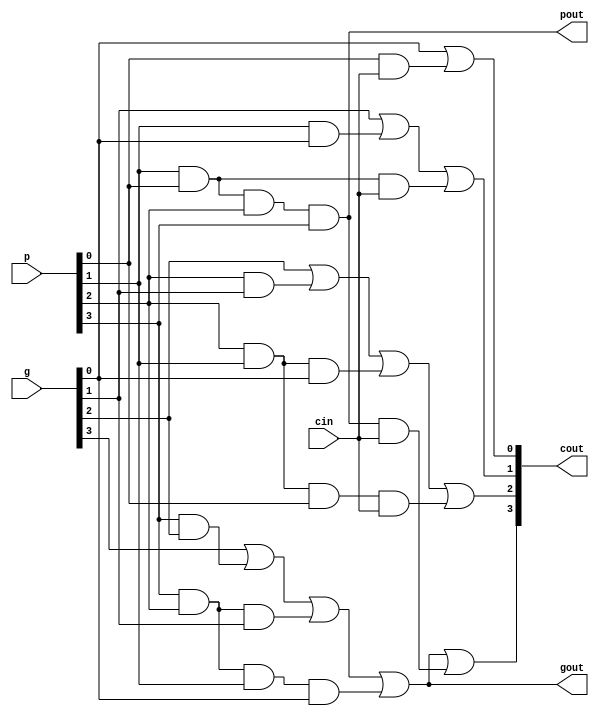
//////////////////////////////////////////////////////////////////////////////////
// Company: 
// Engineer: 
// 
// Design Name: 
// Module Name: cla
// Project Name: 
// Target Devices: 
// Tool Versions: 
// Description: 
// 
// Dependencies: 
// 
// Revision:
// Revision 0.01 - File Created
// Additional Comments:
// 
//////////////////////////////////////////////////////////////////////////////////


module cla(
    input[3:0] p,
    input[3:0] g,
    input cin,
    output[3:0] cout,
    output gout,
    output pout
    );
    assign cout[0] = g[0] | (p[0] & cin);
    assign cout[1] = g[1] | (p[1] & g[0]) | (p[1] & p[0] & cin);
    assign cout[2] = g[2] | (p[2] & g[1]) | (p[2] & p[1] & g[0]) | (p[2] & p[1] & p[0] & cin);
    assign gout = g[3] | (p[3] & g[2]) | (p[3] & p[2] & g[1]) | (p[3] & p[2] & p[1] & g[0]);
    assign pout = p[0] & p[1] & p[2] & p[3];
    assign cout[3] = gout | (pout & cin);
endmodule